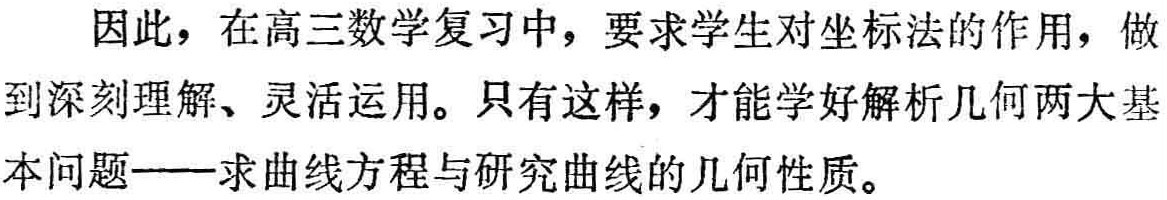
因此，在高三数学复习中，要求学生对坐标法的作用，做到深刻理解、灵活运用。只有这样，才能学好解析几何两大基本问题——求曲线方程与研究曲线的几何性质。